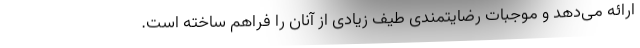
ارائه می‌دهد و موجبات رضایتمندی طیف زیادی از آنان را فراهم ساخته است.